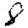
Digit: 8